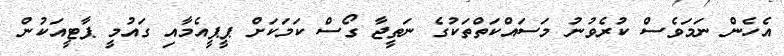
އެހެން ނަމަވެސް ކުރެވުނު މަސައްކަތްތަކުގެ ނަތީޖާ ގޯސް ކަމަކަށް ޕީޕީއެމާއި ގައުމީ ޕާޓީއަކުން